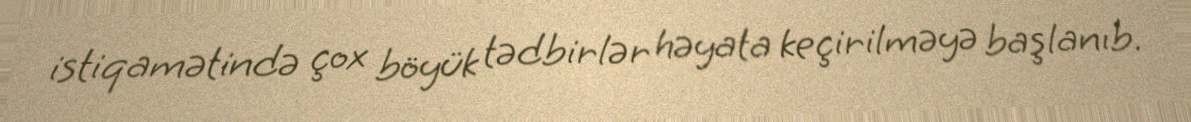
istiqamətində çox böyük tədbirlər həyata keçirilməyə başlanıb.